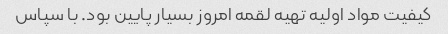
کیفیت مواد اولیه تهیه لقمه امروز بسیار پایین بود. با سپاس